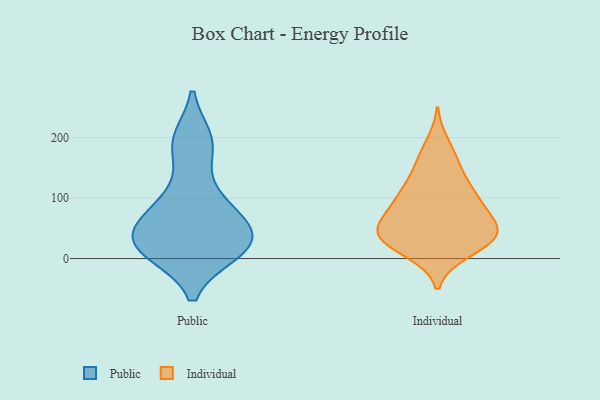
{"axis": {"x": "Active Users", "y": "Value"}, "legend": ["Individual", "Public"], "data": [{"x": "", "y": 34, "type": "Public"}, {"x": "", "y": 196, "type": "Public"}, {"x": "", "y": 186, "type": "Public"}, {"x": "", "y": 11, "type": "Public"}, {"x": "", "y": 78, "type": "Public"}, {"x": "", "y": 22, "type": "Public"}, {"x": "", "y": 59, "type": "Public"}, {"x": "", "y": 36, "type": "Public"}, {"x": "", "y": 12, "type": "Public"}, {"x": "", "y": 103, "type": "Public"}, {"x": "", "y": 33, "type": "Individual"}, {"x": "", "y": 73, "type": "Individual"}, {"x": "", "y": 43, "type": "Individual"}, {"x": "", "y": 189, "type": "Individual"}, {"x": "", "y": 155, "type": "Individual"}, {"x": "", "y": 53, "type": "Individual"}, {"x": "", "y": 84, "type": "Individual"}, {"x": "", "y": 44, "type": "Individual"}, {"x": "", "y": 107, "type": "Individual"}, {"x": "", "y": 11, "type": "Individual"}, {"x": "", "y": 31, "type": "Individual"}, {"x": "", "y": 104, "type": "Individual"}, {"x": "", "y": 50, "type": "Individual"}, {"x": "", "y": 120, "type": "Individual"}, {"x": "", "y": 14, "type": "Individual"}, {"x": "", "y": 30, "type": "Individual"}, {"x": "", "y": 159, "type": "Individual"}, {"x": "", "y": 54, "type": "Individual"}, {"x": "", "y": 102, "type": "Individual"}]}